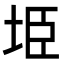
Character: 𭎏